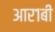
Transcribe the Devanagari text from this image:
आर१बी